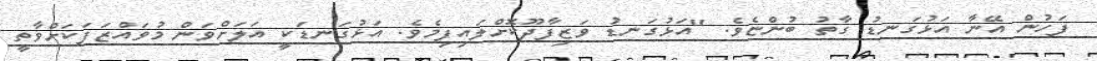
ފަހުން އޭނާ އަޅުގަނޑު ގާތު ބުންޏެވެ. "އަޅުގަނޑު ވަޒިފާދޫކޮށްލައިފިމެވެ. އަޅުގަނޑަކީ އަލަށްވަން މުވައްޒަފަކަށްވާތީ